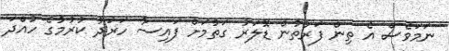
ނަމަވެސް އެ ތިން ފަރާތުން ޑޮލަރު ގަތުމަށް ފައިސާ ހަރަދު ކުރުމުގެ ހުއްދަ